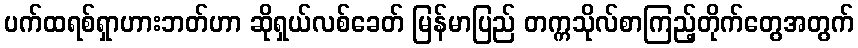
ပက်ထရစ်ရှာဟားဘတ်ဟာ ဆိုရှယ်လစ်ခေတ် မြန်မာပြည် တက္ကသိုလ်စာကြည့်တိုက်တွေအတွက်